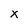
Character: x